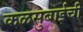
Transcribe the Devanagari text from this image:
कळसुबाईची